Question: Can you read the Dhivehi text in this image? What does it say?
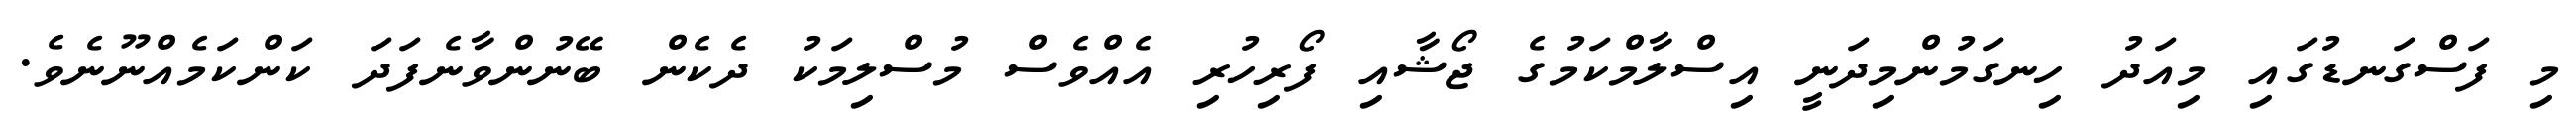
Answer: މި ފަސްގަނޑުގައި މިއަދު ހިނގަމުންމިދަނީ އިސްލާމްކަމުގެ ޖޯޝާއި ފޯރިހުރި އެއްވެސް މުސްލިމަކު ދެކެން ބޭނުންވާނެފަދަ ކަންކަމެއްނޫނެވެ.